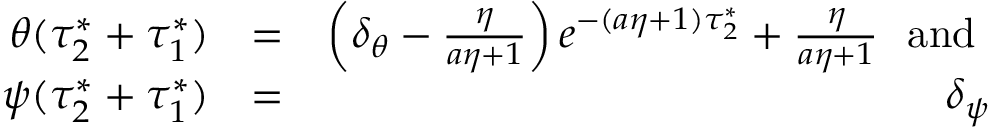
\begin{array} { r l r } { \theta ( \tau _ { 2 } ^ { * } + \tau _ { 1 } ^ { * } ) } & { = } & { \left( \delta _ { \theta } - \frac { \eta } { a \eta + 1 } \right) e ^ { - ( a \eta + 1 ) \tau _ { 2 } ^ { * } } + \frac { \eta } { a \eta + 1 } \mathrm { ~ \normalsize ~ a n d ~ } } \\ { \psi ( \tau _ { 2 } ^ { * } + \tau _ { 1 } ^ { * } ) } & { = } & { \delta _ { \psi } } \end{array}